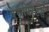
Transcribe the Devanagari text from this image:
रेसपिरेटर्स